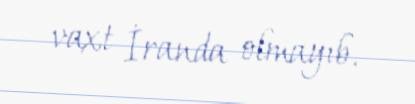
vaxt İranda olmayıb.